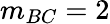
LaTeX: m_{BC}=2